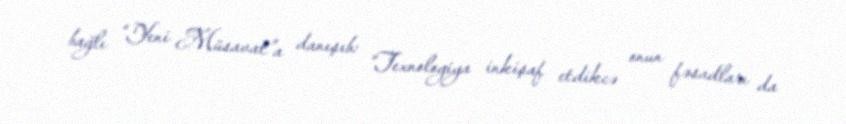
bağlı “Yeni Müsavat”a danışıb: “Texnologiya inkişaf etdikcə onun fəsadları da